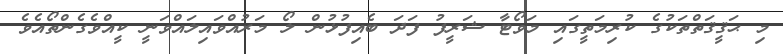
މި ޙަޤީޤަތްތަކުގެ ކުރިމަތީގައި މަވޯޓާ ޝަރީފު ފަދަ ބެއިފުޅުން ލޯ މަރުއްވައިލައްވަނީ ކީއްވެގެންތޯއެވެ